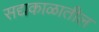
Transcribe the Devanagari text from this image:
सद्यकाळातील